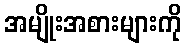
အမျိုးအစားများကို